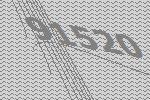
91520